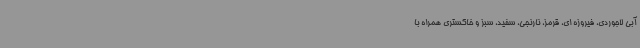
آبی لاجوردی، فیروزه ای، قرمز، نارنجی، سفید، سبز و خاکستری همراه با